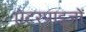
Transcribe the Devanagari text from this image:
एंटरप्राइजों